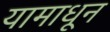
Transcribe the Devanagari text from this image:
यामाधून